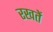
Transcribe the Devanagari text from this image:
रखतेें